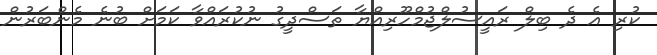
ކުރި އެ ދެ ބިލް ރައީސުލްޖުމްހޫރިއްޔާ ތަސްދީގު ނުކުރައްވާ ކަމަށް ބުނެ މެންބަރުން